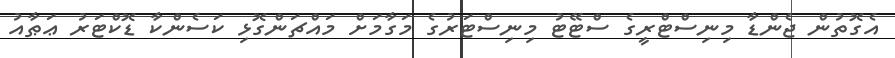
އެގޮތުން ޖެންޑާ މިނިސްޓްރީގެ ސްޓޭޓު މިނިސްޓަރުގެ މަގާމަށް މައްޗަންގޮޅި ކަސެންކާ ޑޮކްޓަރު ޢަޠާއު